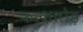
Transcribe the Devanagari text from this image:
फर्शतोड़